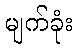
မျက်ခုံး